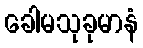
ခေါမသုခုမာနံ